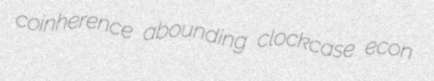
coinherence abounding clockcase econ